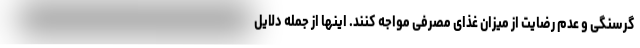
گرسنگی و عدم رضایت از میزان غذای مصرفی مواجه کنند. اینها از جمله دلایل